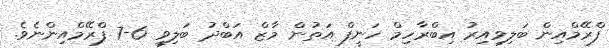
ފްރޭމްއިން ބަލިވިއިރު އިބްރާހިމް ހަނީފް އަތުން މާޒް އަބްދު ބަލިވީ 6-7 ފްރޭމްއިންނެވެ.